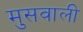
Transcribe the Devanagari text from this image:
मुसवाली